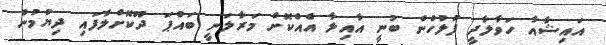
އައިޝާއާ ހަވާލާދީ ފުލުހުން ބުނީ އާއިލާ އެއްކޮށް މަރާލަނީ ބައްޕަ ދޫކޮށްލާފައި ދިޔުމުން